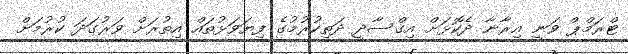
ޓްރަމްޕް ވަނީ އިރާނާ ދެކޮޅަށް އިގްސާދީ ދަތިކުރުމުގެ ފިޔަވަޅުތައް އިތުރަށް ވަރުގަދަ ކުރުމަށް